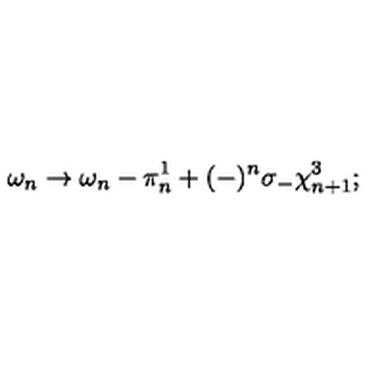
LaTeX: \omega _ { n } \to \omega _ { n } - \pi _ { n } ^ { 1 } + ( - ) ^ { n } \sigma _ { - } \chi _ { n + 1 } ^ { 3 } ;